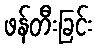
ဖန်တီးခြင်း